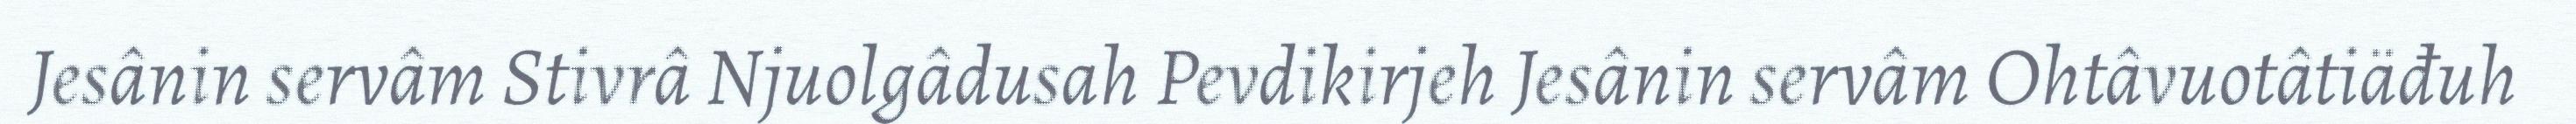
Jesânin servâm Stivrâ Njuolgâdusah Pevdikirjeh Jesânin servâm Ohtâvuotâtiäđuh